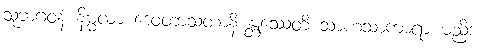
သုဘဂဝနံ နိမ္မလာ ဒေဝတာသတာနိ န္တုဿေတိ သာဟသာကာရာ မညိဒံ